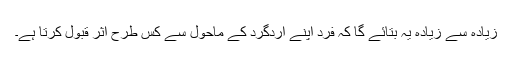
زیادہ سے زیادہ یہ بتائے گا کہ فرد اپنے اردگرد کے ماحول سے کس طرح اثر قبول کرتا ہے۔